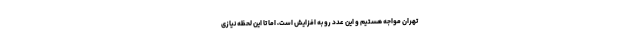
تهران مواجه هستیم و این عدد رو به افزایش است، اما تا این لحظه نیازی